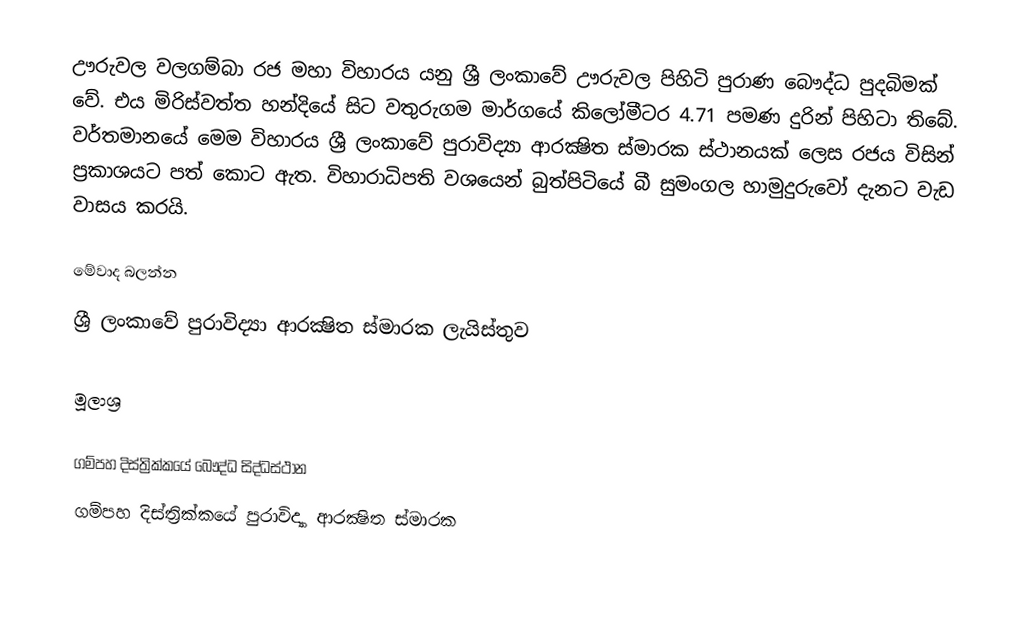
ඌරුවල වලගම්බා රජ මහා විහාරය යනු ශ්‍රී ලංකාවේ ඌරුවල පිහිටි පුරාණ බෞද්ධ පුදබිමක් වේ. එය මිරිස්වත්ත හන්දියේ සිට වතුරුගම මාර්ගයේ කිලෝමීටර 4.71 පමණ දුරින් පිහිටා තිබේ. වර්තමානයේ මෙම විහාරය ශ්‍රී ලංකාවේ පුරාවිද්‍යා ආරක්‍ෂිත ස්මාරක ස්ථානයක් ලෙස රජය විසින් ප්‍රකාශයට පත් කොට ඇත. විහාරාධිපති වශයෙන් බුත්පිටියේ බී සුමංගල හාමුදුරුවෝ දැනට වැඩ වාසය කරයි.

මේවාද බලන්න
 ශ්‍රී ලංකාවේ පුරාවිද්‍යා ආරක්‍ෂිත ස්මාරක ලැයිස්තුව

මූලාශ්‍ර

ගම්පහ දිස්ත්‍රික්කයේ බෞද්ධ සිද්ධස්ථාන‎
ගම්පහ දිස්ත්‍රික්කයේ පුරාවිද්‍යා ආරක්‍ෂිත ස්මාරක